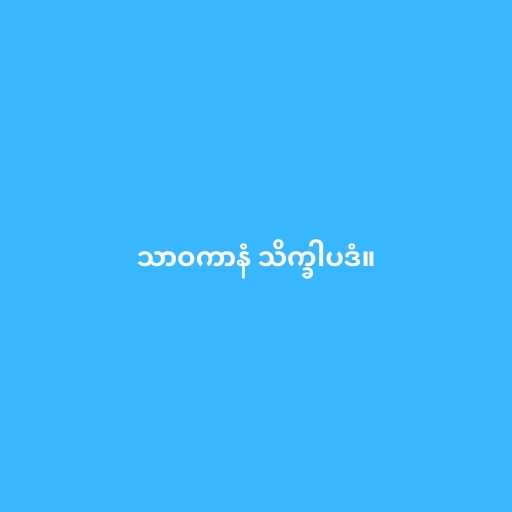
သာဝကာနံ သိက္ခါပဒံ။